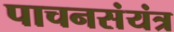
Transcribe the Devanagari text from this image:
पाचनसंयंत्र